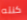
كنته